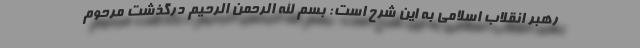
رهبر انقلاب اسلامی به این شرح است: بسم الله الرحمن الرحیم درگذشت مرحوم